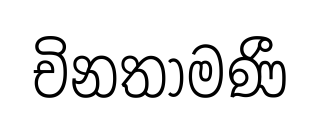
චිනතාමණී